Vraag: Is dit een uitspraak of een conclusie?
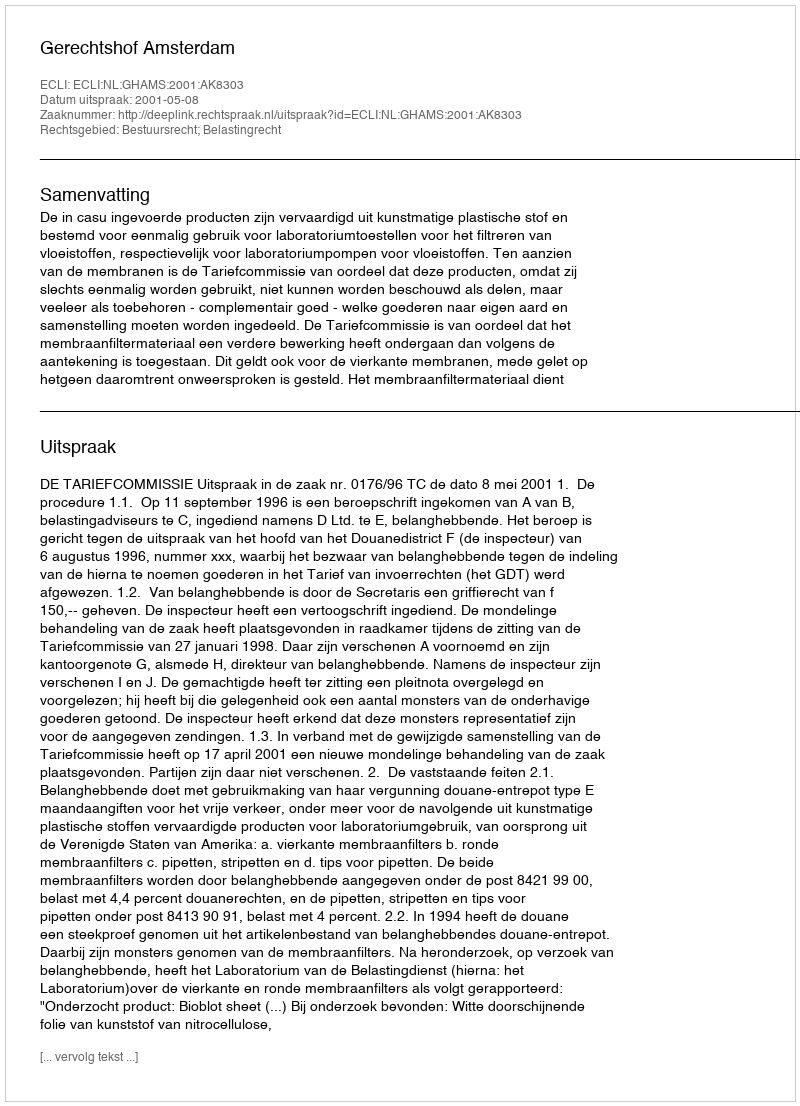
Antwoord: Uitspraak